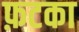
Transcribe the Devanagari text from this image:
फ़टका